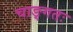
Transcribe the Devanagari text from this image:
चाङ्गतः